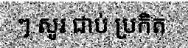
ៗ សូរ ជាប់ ប្រកិត